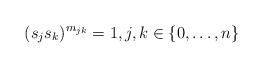
LaTeX: \begin{align*}(s_js_k)^{m_{jk}}=1, j,k \in\{0,\ldots ,n\}\end{align*}